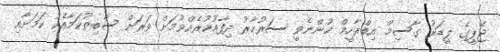
ޖޭޕީގެ ލީޑަރު ގާސިމް އިބްރާހީމް ހުންނެވީ ސަރުކާރު ދިފާއުކުރެއްވުމަށް ވަރަށް ސާބިތުކަމާއެކު ކަމަށާއި